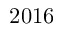
2 0 1 6